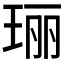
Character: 𮴠